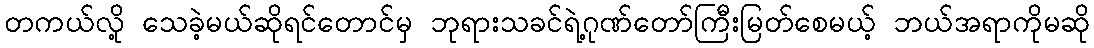
တကယ်လို့ သေခဲ့မယ်ဆိုရင်တောင်မှ ဘုရားသခင်ရဲ့ဂုဏ်တော်ကြီးမြတ်စေမယ့် ဘယ်အရာကိုမဆို